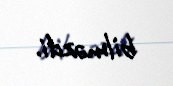
bilməzdi.